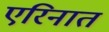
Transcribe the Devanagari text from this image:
एरिनात